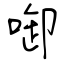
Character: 啣